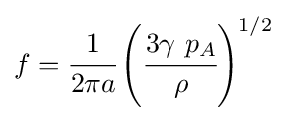
f={\cfrac {1}{2\pi a}}\left({\cfrac {3\gamma ~p_{A}}{\rho }}\right)^{1/2}